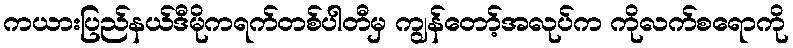
ကယားပြည်နယ်ဒီမိုကရက်တစ်ပါတီမှ ကျွန်တော့်အလုပ်က ကိုလက်စရောကို